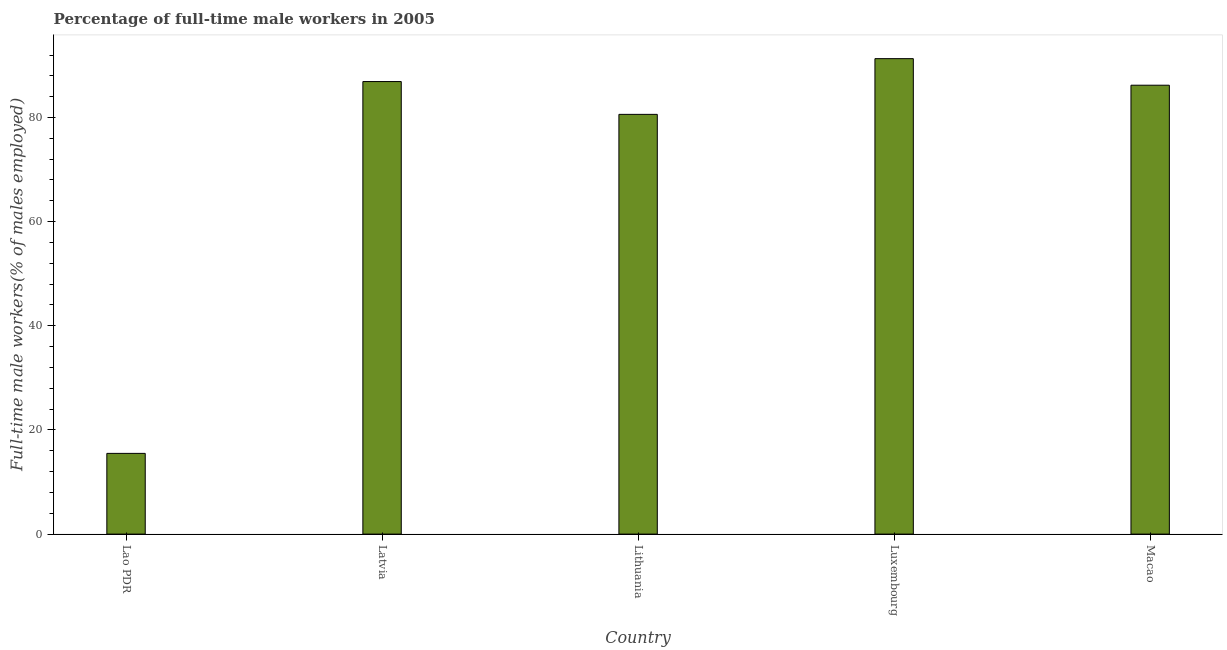
| Country | Wage and salary workers |
 | --- | --- |
 | Lao PDR | 15.5 |
 | Latvia | 86.9 |
 | Lithuania | 80.6 |
 | Luxembourg | 91.3 |
 | Macao | 86.2 |